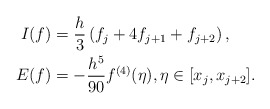
\begin{align*}\begin{aligned}I(f)&=\frac{h}{3}\left(f_{j}+4f_{j+1}+f_{j+2}\right), \\E(f)&=-\frac{h^5}{90}f^{(4)}(\eta),\eta\in[x_{j}, x_{j+2}]. \end{aligned}\end{align*}